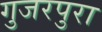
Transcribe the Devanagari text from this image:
गुजरपुरा